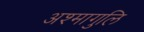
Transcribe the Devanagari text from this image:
अश्मागुलि